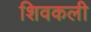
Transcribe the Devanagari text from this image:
शिवकली